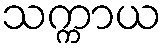
သက္ကာယ